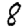
Digit: 8